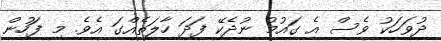
ދުވަހަކު ވެސް އެ ގައުމު ނުދެކޭ ފަދަ ހާލަތެއްގަ އެވެ. މި ފަހުން